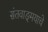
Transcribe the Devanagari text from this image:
संतवाङ्‌मयाचे